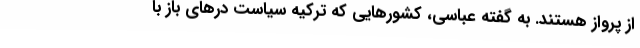
از پرواز هستند. به گفته عباسی، کشورهایی که ترکیه سیاست درهای باز با